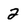
Character: 2